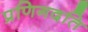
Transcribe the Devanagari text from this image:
प्रणिगदति